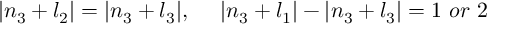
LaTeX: | n _ { 3 } + l _ { 2 } | = | n _ { 3 } + l _ { 3 } | , \ \ \ \ | n _ { 3 } + l _ { 1 } | - | n _ { 3 } + l _ { 3 } | = 1 \ o r \ 2